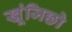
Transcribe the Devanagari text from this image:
खूंजिछो